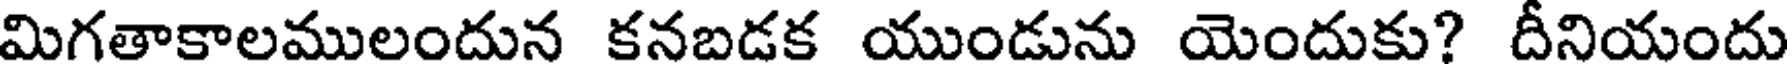
మిగతాకాలములందున కనబడక యుండును యెందుకు? దీనియందు